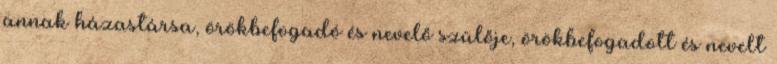
annak házastársa, örökbefogadó és nevelő szülője, örökbefogadott és nevelt